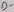
Text: D-